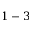
1 - 3